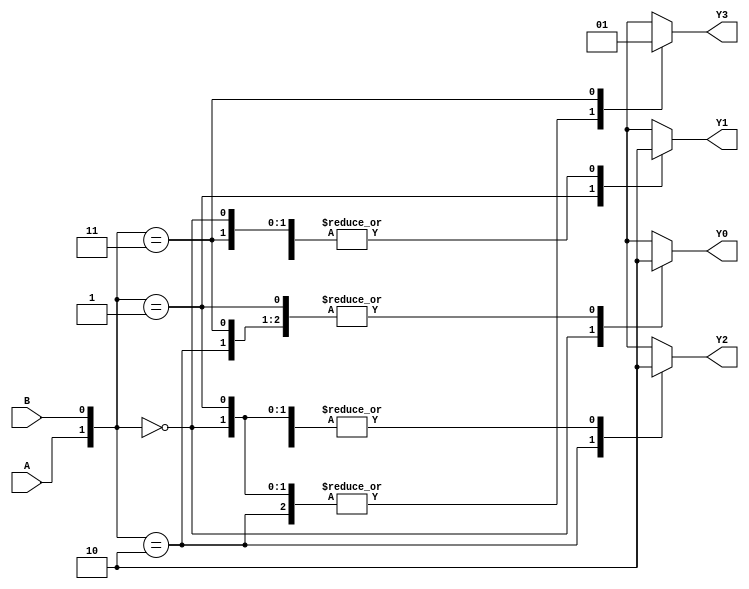
//Behavioural Modeling for 2 to 4 Decoder

module decoder_2_to_4_beh(A, B, Y0, Y1, Y2, Y3);
input A, B; output Y0, Y1, Y2, Y3; reg Y0, Y1, Y2, Y3;
always @ (A or B)
begin
case ({A, B})
2'b00 : begin Y0 = 1; Y1 = 0; Y2 = 0; Y3 = 0; end
2'b01 : begin Y0 = 0; Y1 = 1; Y2 = 0; Y3 = 0; end
2'b10 : begin Y0 = 0; Y1 = 0; Y2 = 1; Y3 = 0; end
2'b11 : begin Y0 = 0; Y1 = 0; Y2 = 0; Y3 = 1; end
endcase
end
endmodule